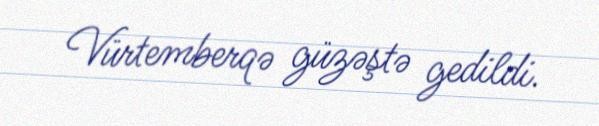
Vürtemberqə güzəştə gedildi.